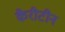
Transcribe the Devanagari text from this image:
कैरीटीन